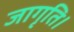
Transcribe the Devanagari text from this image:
जागृति।